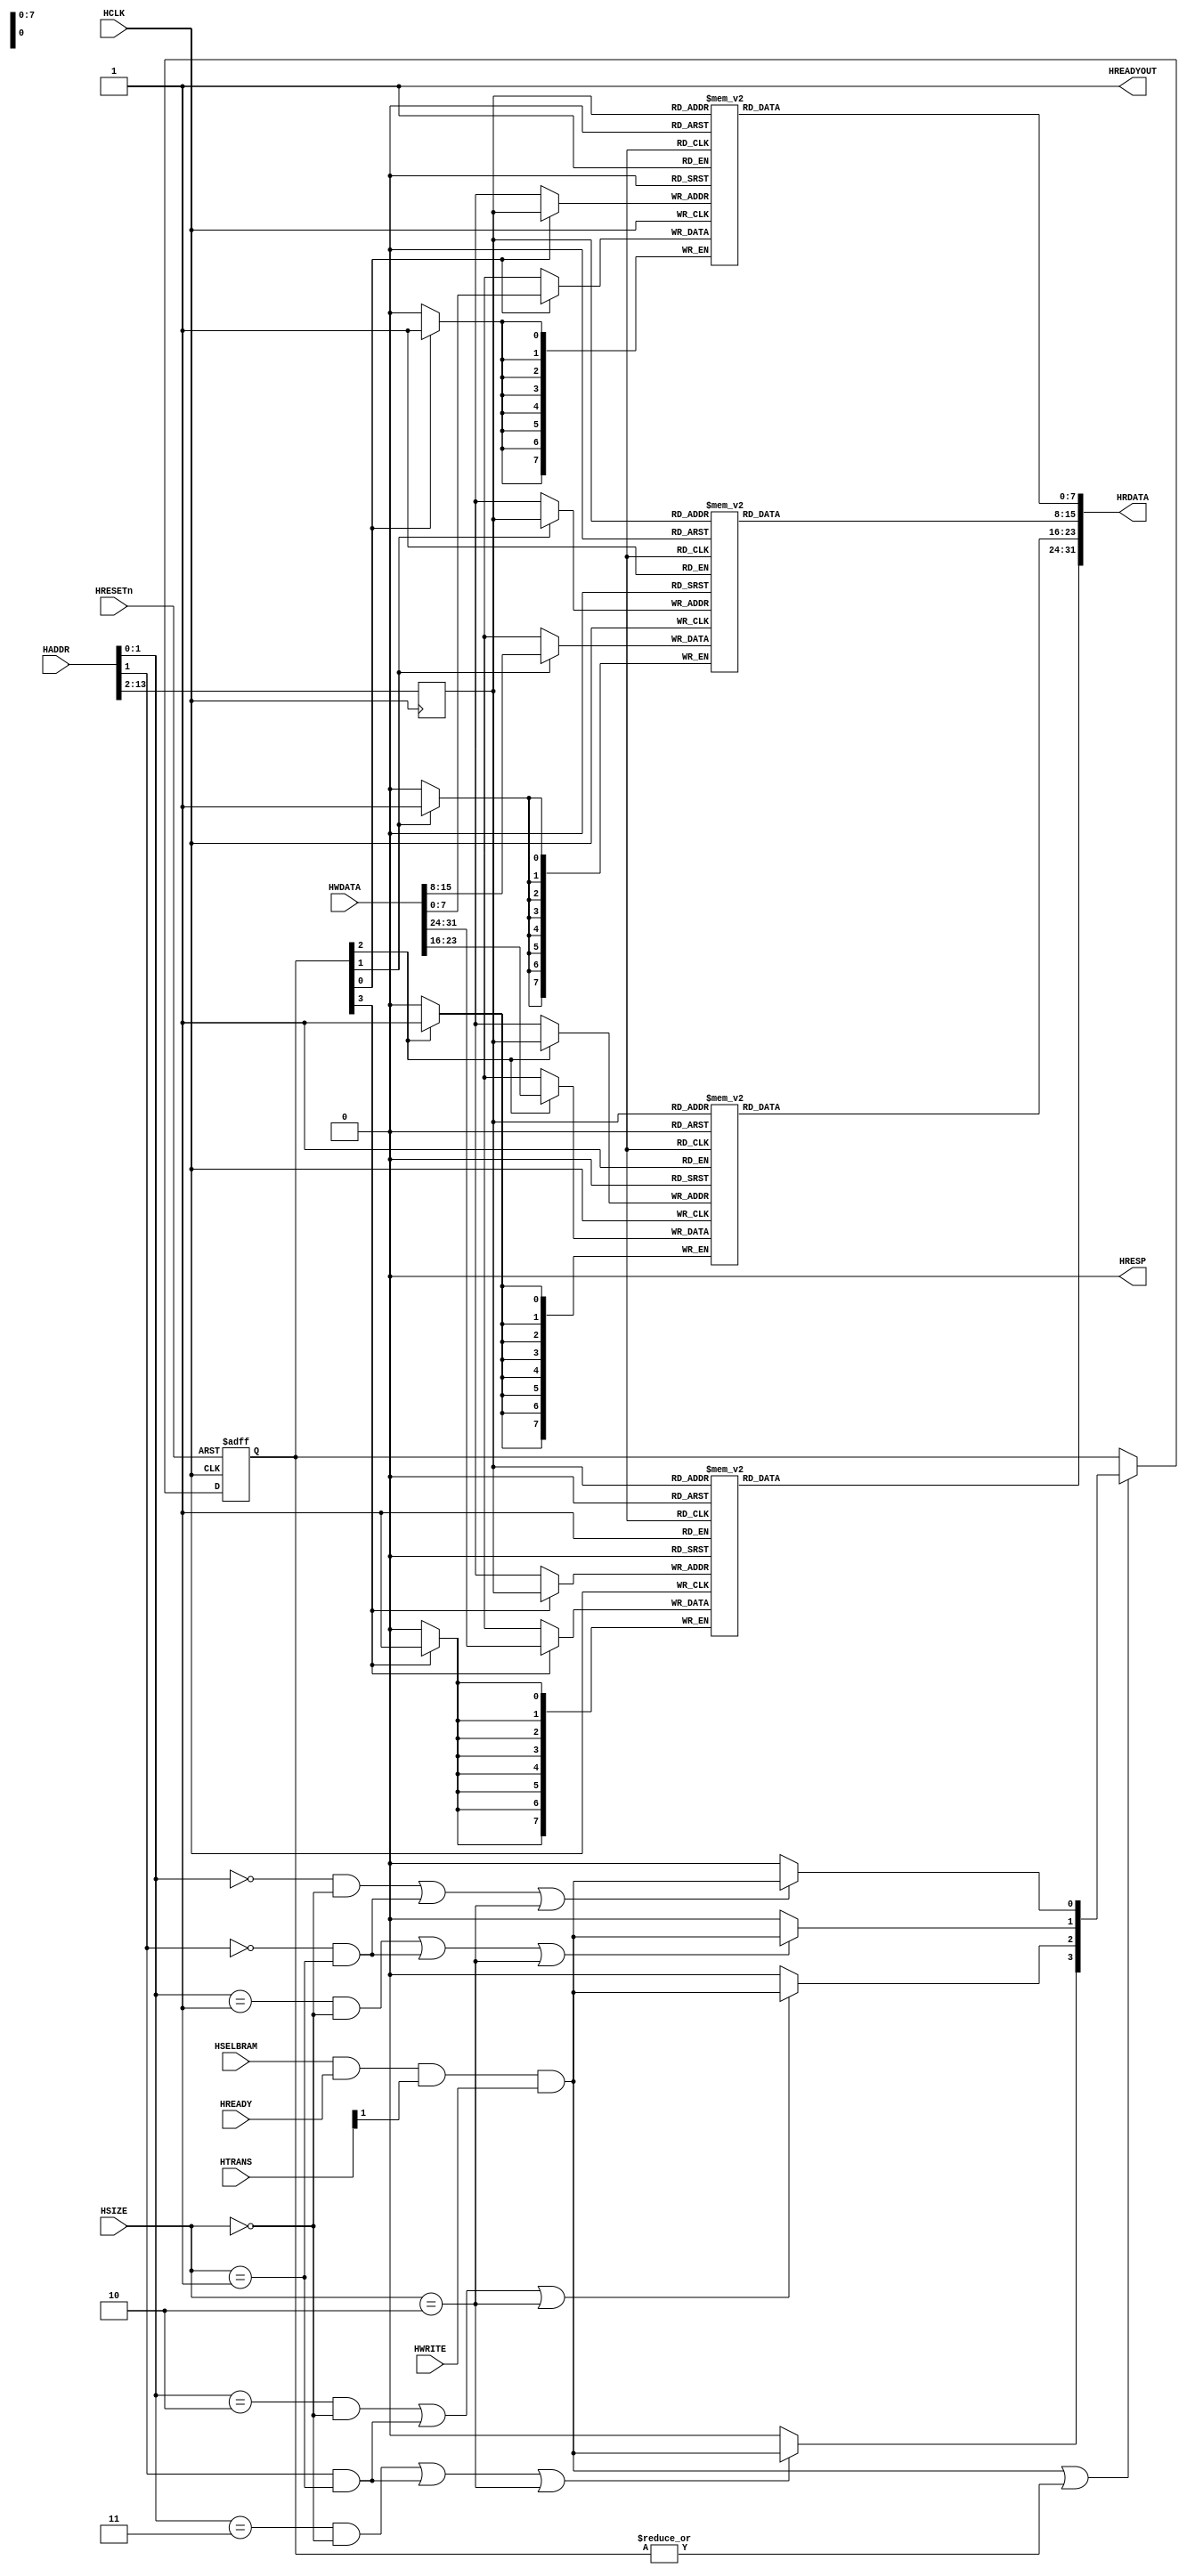
//-----------------------------------------------------------------------------
// The confidential and proprietary information contained in this file may
// only be used by a person authorised under and to the extent permitted
// by a subsisting licensing agreement from ARM Limited or its affiliates.
//
//        (C) COPYRIGHT 2004-2013 ARM Limited or its affiliates.
//            ALL RIGHTS RESERVED
//
// This entire notice must be reproduced on all copies of this file
// and copies of this file may only be made by a person if such person is
// permitted to do so under the terms of a subsisting license agreement
// from ARM Limited or its affiliates.
//
// -----------------------------------------------------------------------------
//
//      RCS Information:
//
//      RCS Filename       : $RCSfile$
//      Revision           : $Revision: 22144 $
//      Release Information : CM3DesignStart-r0p0-01rel0
//
// ----------------------------------------------------------------------------
//  Purpose : AHB BlockRam/OnChip
// ----------------------------------------------------------------------------

module ahb_blockram_32
  (/*AUTOARG*/
   //Inputs
   HCLK, HRESETn, HSELBRAM, HREADY, HTRANS, HSIZE, HWRITE, HADDR, HWDATA,
   //Outputs
   HREADYOUT, HRESP, HRDATA
   );

// --------------------------------------------------------------------------
// Parameter Declarations
// --------------------------------------------------------------------------
  parameter ADDRESSWIDTH = 14;

// -----------------------------------------------------------------------------
// Constant Declarations
// -----------------------------------------------------------------------------
  parameter AW  = (ADDRESSWIDTH-1);
  parameter AWT = ((1<<(AW-1))-1);
  // HTRANS transfer type signal encoding
  parameter TRN_IDLE   = 2'b00;
  parameter TRN_BUSY   = 2'b01;
  parameter TRN_NONSEQ = 2'b10;
  parameter TRN_SEQ    = 2'b11;
  // HRESP transfer response signal encoding
  parameter RSP_OKAY   = 1'b0;
  parameter RSP_ERROR  = 1'b1;
  parameter RSP_RETRY  = 1'b0;
  parameter RSP_SPLIT  = 1'b1;

// --------------------------------------------------------------------------
// Port Definitions
// --------------------------------------------------------------------------
  input         HCLK;      // system bus clock
  input         HRESETn;   // system bus reset
  input         HSELBRAM;  // AHB peripheral select
  input         HREADY;  // AHB ready input
  input   [1:0] HTRANS;    // AHB transfer type
  input   [1:0] HSIZE;     // AHB hsize
  input         HWRITE;    // AHB hwrite
  input  [AW:0] HADDR;     // AHB address bus
  input  [31:0] HWDATA;    // AHB write data bus
  output        HREADYOUT; // AHB ready output to S->M mux
  output        HRESP;     // AHB response
  output [31:0] HRDATA;    // AHB read data bus

// --------------------------------------------------------------------------
// Signal Declarations
// --------------------------------------------------------------------------
  // I/O pins
  wire          HCLK;      // system bus clock
  wire          HRESETn;   // system bus reset
  wire          HSELBRAM;  // AHB peripheral select
  wire          HREADY;  // AHB ready input
  wire    [1:0] HTRANS;    // AHB transfer type
  wire    [1:0] HSIZE;     // AHB hsize
  wire          HWRITE;    // AHB hwrite
  wire   [AW:0] HADDR;     // AHB address bus
  wire   [31:0] HWDATA;    // AHB write data bus
  wire          HREADYOUT; // AHB ready output to S->M mux
  wire          HRESP;     // AHB response
  wire   [31:0] HRDATA;    // AHB read data bus

  // Memory Array
  reg     [7:0] BRAM0 [0:AWT];
  reg     [7:0] BRAM1 [0:AWT];
  reg     [7:0] BRAM2 [0:AWT];
  reg     [7:0] BRAM3 [0:AWT];

  // Internal signals
  reg  [AW-2:0] reg_haddr;  // Registered address
  wire          trn_valid;  // Transfer valid
  wire    [3:0] nxt_wr_en;  // Next write enable
  reg     [3:0] reg_wr_en;  // Registered write enable
  wire          wr_en_actv; // Active Write enable

  // -----------------------------------------------------------------------------
  // Main body of code
  // -----------------------------------------------------------------------------

  assign trn_valid = HSELBRAM & HREADY & HTRANS[1];

  // -----------------------------------------------------------------------------
  // RAM Write Interface
  // -----------------------------------------------------------------------------
  assign wr_en_actv   = (trn_valid & HWRITE) | (|reg_wr_en);
  assign nxt_wr_en[0] = (((HADDR[1:0]==2'b00) && (HSIZE[1:0]==2'b00)) ||
                         ((HADDR[1]==1'b0)    && (HSIZE[1:0]==2'b01)) ||
                         ((HSIZE[1:0]==2'b10)))? trn_valid & HWRITE : 1'b0;

  assign nxt_wr_en[1] = (((HADDR[1:0]==2'b01) && (HSIZE[1:0]==2'b00)) ||
                         ((HADDR[1]==1'b0)    && (HSIZE[1:0]==2'b01)) ||
                         ((HSIZE[1:0]==2'b10)))? trn_valid & HWRITE : 1'b0;

  assign nxt_wr_en[2] = (((HADDR[1:0]==2'b10) && (HSIZE[1:0]==2'b00)) ||
                         ((HADDR[1]==1'b1)    && (HSIZE[1:0]==2'b01)) ||
                         ((HSIZE[1:0]==2'b10)))? trn_valid & HWRITE : 1'b0;

  assign nxt_wr_en[3] = (((HADDR[1:0]==2'b11) && (HSIZE[1:0]==2'b00)) ||
                         ((HADDR[1]==1'b1)    && (HSIZE[1:0]==2'b01)) ||
                        ((HSIZE[1:0]==2'b10))) ? trn_valid & HWRITE : 1'b0;

  always @ (negedge HRESETn or posedge HCLK)
  begin
    if (~HRESETn)
      reg_wr_en <= 4'b0000;
    else if (wr_en_actv)
      reg_wr_en <= nxt_wr_en;
  end

  // Infer Block RAM - syntax is very specific.
  always @ (posedge HCLK)
    begin
      if (reg_wr_en[0])
        BRAM0[reg_haddr] <= HWDATA[7:0];
      if (reg_wr_en[1])
        BRAM1[reg_haddr] <= HWDATA[15:8];
      if (reg_wr_en[2])
        BRAM2[reg_haddr] <= HWDATA[23:16];
      if (reg_wr_en[3])
        BRAM3[reg_haddr] <= HWDATA[31:24];
      // do not use enable on read interface.
      reg_haddr <= HADDR[AW:2];
    end

  // -----------------------------------------------------------------------------
  // AHB Outputs
  // -----------------------------------------------------------------------------
  assign HRESP     = RSP_OKAY;
  assign HREADYOUT = 1'b1;
  assign HRDATA    = {BRAM3[reg_haddr],BRAM2[reg_haddr],
                      BRAM1[reg_haddr],BRAM0[reg_haddr]};

  // -----------------------------------------------------------------------------
  // Initial image
  // -----------------------------------------------------------------------------



endmodule